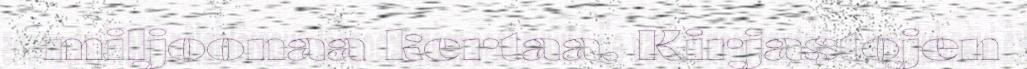
miljoonaa kertaa. Kirjastojen